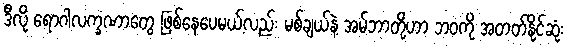
ဒီလို ရောဂါလက္ခဏာတွေ ဖြစ်နေပေမယ့်လည်း မစ်ချယ်နဲ့ အမ်ဘာတို့ဟာ ဘဝကို အတတ်နိုင်ဆုံး